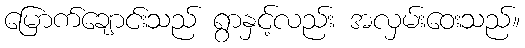
မြောက်ချောင်းသည် ရွာနှင့်လည်း အလှမ်းဝေးသည်။